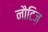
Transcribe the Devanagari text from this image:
नौटिज़